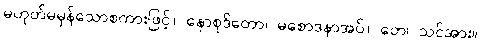
မဟုတ်မမှန်သောစကားဖြင့်။ နောစုဒိတော၊ မစောဒနာအပ်။ တေ၊ သင်အား။